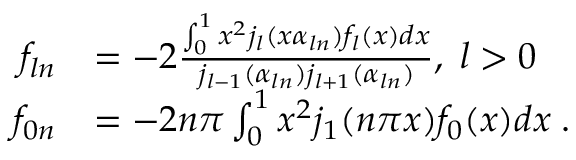
\begin{array} { r l } { f _ { l n } } & { = - 2 \frac { \int _ { 0 } ^ { 1 } x ^ { 2 } j _ { l } ( x \alpha _ { l n } ) f _ { l } ( x ) d x } { j _ { l - 1 } ( \alpha _ { l n } ) j _ { l + 1 } ( \alpha _ { l n } ) } , \; l > 0 } \\ { f _ { 0 n } } & { = - 2 n \pi \int _ { 0 } ^ { 1 } x ^ { 2 } j _ { 1 } ( n \pi x ) f _ { 0 } ( x ) d x \; . } \end{array}